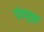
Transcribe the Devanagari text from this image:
यंत्रयुक्तां